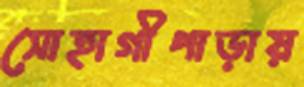
সোহাগীপাড়ায়